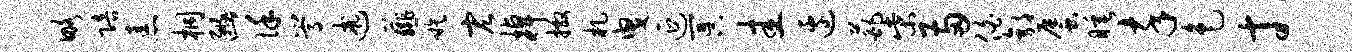
略陪恚桐豳谨嵩述薤嗾宏棹撒札曳延冥圭边葩柴两伯郭蜃睡卒色寸